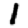
Digit: 1